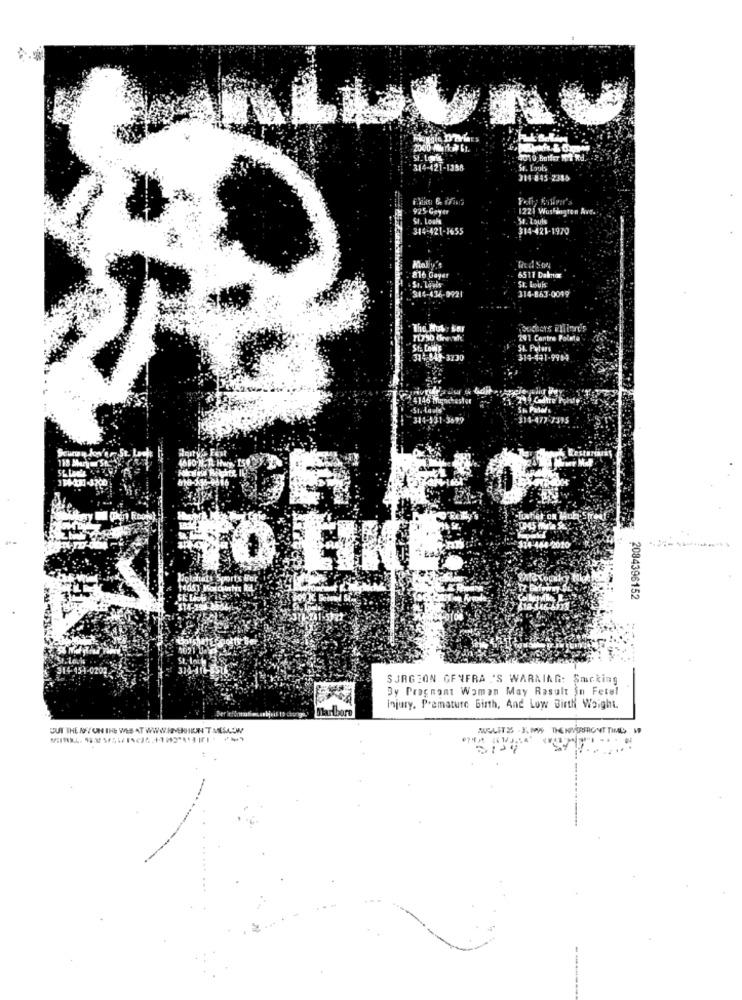
2000 Mirko 61.
St. Louis
4010 Butfer M Wd.
314-421-1358
St. Louis
314 845-2385
925 Geyer
1221 Washington Ave.
St. Louis
St. Louis
344-421-1655
314-421-1970
Molly's
816 Gayer
6511 Daknor
St. Louis
St. Lavis
314-436-0921
314-863-0049
The Mus : Sor
291 Contre Polate'
........ .. ...............
St. Louis
St. Peters
314-141-3130
$14-541-9904
24146 Winchester
314-531-3699
7-196-
POMS
TO LIKE.
2084396152
SURGEON GENFRA 'S WARNING: Smicking
By Pregnant Woman May Result in Fetel
Lanbore
Injury. Premature Birth, And Low Birth Weight
CUT THE N'Y ON THE WEB AT WWW.HEHHIUN T MESAJW
AOLITES . J. MWS THE RIVERFRONT TIMES
5124